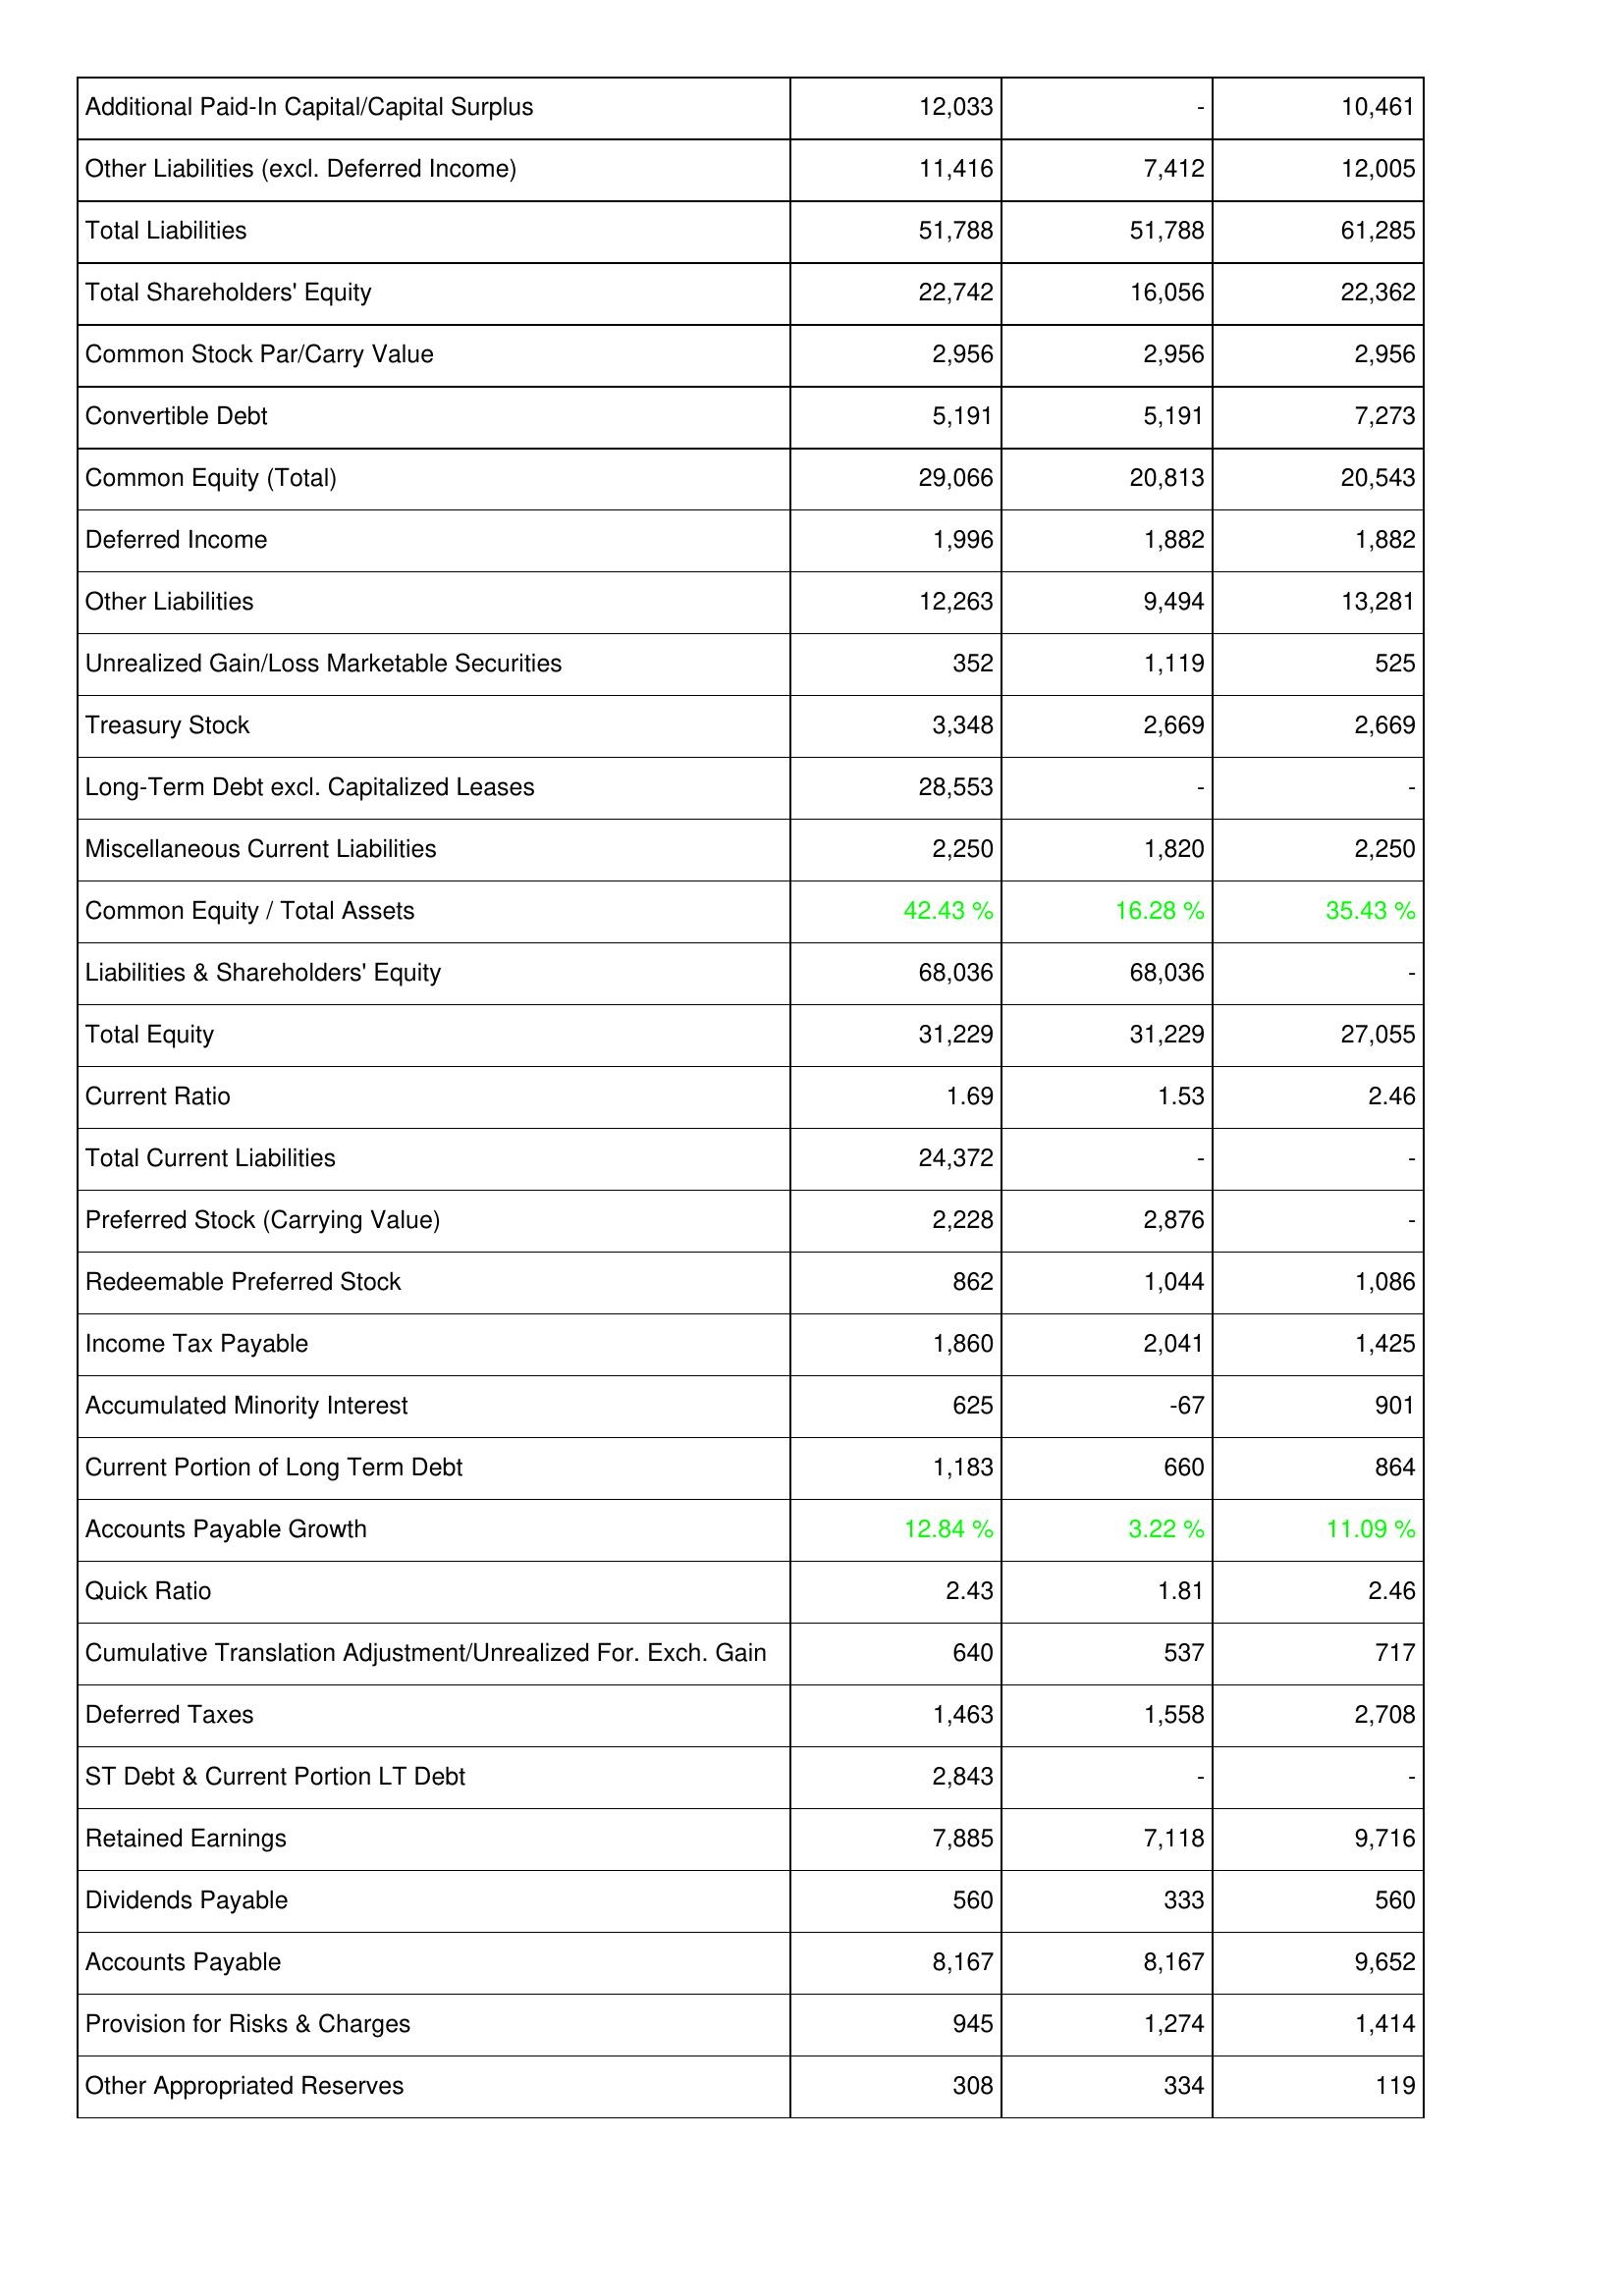
2006: Liabilities & Shareholders' Equity: Additional Paid-In Capital/Capital Surplus: 12,033
Other Liabilities (excl. Deferred Income): 11,416
Total Liabilities: 51,788
Total Shareholders' Equity: 22,742
Common Stock Par/Carry Value: 2,956
Convertible Debt: 5,191
Common Equity (Total): 29,066
Deferred Income: 1,996
Other Liabilities: 12,263
Unrealized Gain/Loss Marketable Securities: 352
Treasury Stock: 3,348
Long-Term Debt excl. Capitalized Leases: 28,553
Miscellaneous Current Liabilities: 2,250
Common Equity / Total Assets: 42.43 %
Liabilities & Shareholders' Equity: 68,036
Total Equity: 31,229
Current Ratio: 1.69
Total Current Liabilities: 24,372
Preferred Stock (Carrying Value): 2,228
Redeemable Preferred Stock: 862
Income Tax Payable: 1,860
Accumulated Minority Interest: 625
Current Portion of Long Term Debt: 1,183
Accounts Payable Growth: 12.84 %
Quick Ratio: 2.43
Cumulative Translation Adjustment/Unrealized For. Exch. Gain: 640
Deferred Taxes: 1,463
ST Debt & Current Portion LT Debt: 2,843
Retained Earnings: 7,885
Dividends Payable: 560
Accounts Payable: 8,167
Provision for Risks & Charges: 945
Other Appropriated Reserves: 308
2007: Liabilities & Shareholders' Equity: Additional Paid-In Capital/Capital Surplus: -
Other Liabilities (excl. Deferred Income): 7,412
Total Liabilities: 51,788
Total Shareholders' Equity: 16,056
Common Stock Par/Carry Value: 2,956
Convertible Debt: 5,191
Common Equity (Total): 20,813
Deferred Income: 1,882
Other Liabilities: 9,494
Unrealized Gain/Loss Marketable Securities: 1,119
Treasury Stock: 2,669
Long-Term Debt excl. Capitalized Leases: -
Miscellaneous Current Liabilities: 1,820
Common Equity / Total Assets: 16.28 %
Liabilities & Shareholders' Equity: 68,036
Total Equity: 31,229
Current Ratio: 1.53
Total Current Liabilities: -
Preferred Stock (Carrying Value): 2,876
Redeemable Preferred Stock: 1,044
Income Tax Payable: 2,041
Accumulated Minority Interest: -67
Current Portion of Long Term Debt: 660
Accounts Payable Growth: 3.22 %
Quick Ratio: 1.81
Cumulative Translation Adjustment/Unrealized For. Exch. Gain: 537
Deferred Taxes: 1,558
ST Debt & Current Portion LT Debt: -
Retained Earnings: 7,118
Dividends Payable: 333
Accounts Payable: 8,167
Provision for Risks & Charges: 1,274
Other Appropriated Reserves: 334
2008: Liabilities & Shareholders' Equity: Additional Paid-In Capital/Capital Surplus: 10,461
Other Liabilities (excl. Deferred Income): 12,005
Total Liabilities: 61,285
Total Shareholders' Equity: 22,362
Common Stock Par/Carry Value: 2,956
Convertible Debt: 7,273
Common Equity (Total): 20,543
Deferred Income: 1,882
Other Liabilities: 13,281
Unrealized Gain/Loss Marketable Securities: 525
Treasury Stock: 2,669
Long-Term Debt excl. Capitalized Leases: -
Miscellaneous Current Liabilities: 2,250
Common Equity / Total Assets: 35.43 %
Liabilities & Shareholders' Equity: -
Total Equity: 27,055
Current Ratio: 2.46
Total Current Liabilities: -
Preferred Stock (Carrying Value): -
Redeemable Preferred Stock: 1,086
Income Tax Payable: 1,425
Accumulated Minority Interest: 901
Current Portion of Long Term Debt: 864
Accounts Payable Growth: 11.09 %
Quick Ratio: 2.46
Cumulative Translation Adjustment/Unrealized For. Exch. Gain: 717
Deferred Taxes: 2,708
ST Debt & Current Portion LT Debt: -
Retained Earnings: 9,716
Dividends Payable: 560
Accounts Payable: 9,652
Provision for Risks & Charges: 1,414
Other Appropriated Reserves: 119